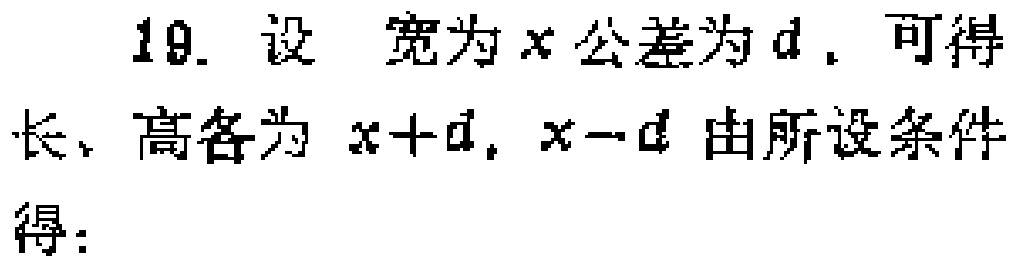
19. 设 宽为\(x\)公差为\(d\). 可得
长、高各为 \(x + d\), \(x - d\) 由所设条件
得：